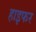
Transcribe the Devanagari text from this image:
हाइफर